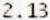
2.13